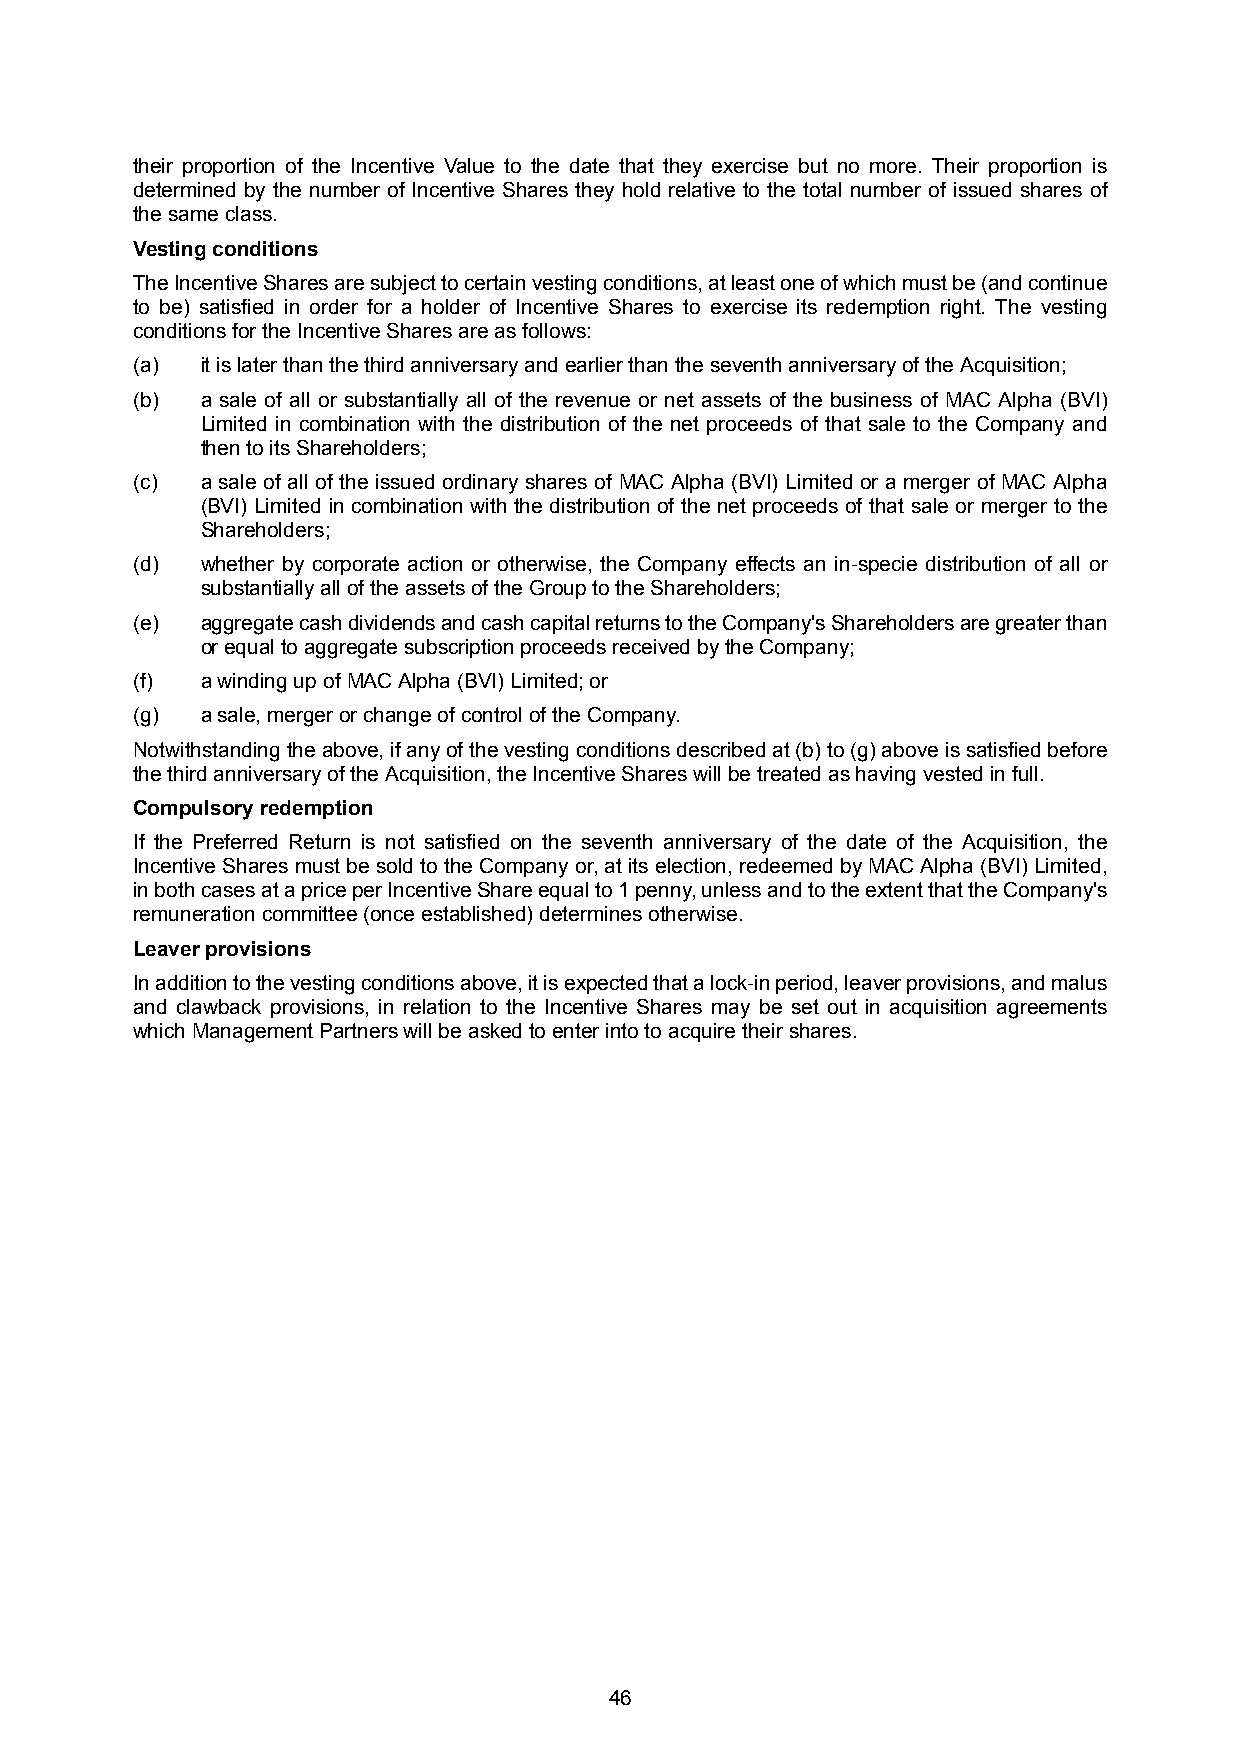
their proportion of the Incentive Value to the date that they exercise but no more. Their proportion is
 determined by the number of Incentive Shares they hold relative to the total number of issued shares of
 the same class.
 Vesting conditions
 TheIncentiveSharesaresubjecttocertainvestingconditions,atleastoneofwhichmustbe(andcontinue
 to be) satisfied in order for a holder of Incentive Shares to exercise its redemption right. The vesting
 conditions for the Incentive Shares are as follows:
 (a) it is later than the third anniversary and earlier than the seventh anniversary of the Acquisition;
 (b) a sale of all or substantially all of the revenue or net assets of the business of MAC Alpha (BVI)
 Limited in combination with the distribution of the net proceeds of that sale to the Company and
 then to its Shareholders;
 (c) a sale of all of the issued ordinary shares of MAC Alpha (BVI) Limited or a merger of MAC Alpha
 (BVI) Limited in combination with the distribution of the net proceeds of that sale or merger to the
 Shareholders;
 (d) whether by corporate action or otherwise, the Company effects an in-specie distribution of all or
 substantially all of the assets of the Group to the Shareholders;
 (e) aggregatecashdividendsandcashcapitalreturnstotheCompany'sShareholdersaregreaterthan
 or equal to aggregate subscription proceeds received by the Company;
 (f) a winding up ofMAC Alpha (BVI) Limited; or
 (g) a sale, merger or change of control of the Company.
 Notwithstandingtheabove,ifanyofthevestingconditionsdescribedat(b)to(g)aboveissatisfiedbefore
 the third anniversary of the Acquisition, the Incentive Shares will be treated as having vested in full.
 Compulsory redemption
 If the Preferred Return is not satisfied on the seventh anniversary of the date of the Acquisition, the
 Incentive Shares must be sold to the Company or, at its election, redeemed by MAC Alpha (BVI) Limited,
 inbothcasesatapriceperIncentiveShareequalto1penny,unlessandtotheextentthattheCompany's
 remuneration committee (once established) determines otherwise.
 Leaver provisions
 Inadditiontothevestingconditionsabove,itisexpectedthatalock-inperiod,leaverprovisions,andmalus
 and clawback provisions, in relation to the Incentive Shares may be set out in acquisition agreements
 which Management Partners will be asked to enter into to acquire their shares.
 46